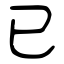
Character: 已